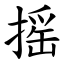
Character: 摇